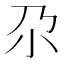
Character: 尕